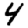
Digit: 4